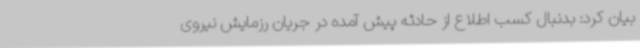
بیان کرد: بدنبال کسب اطلاع از حادثه پیش آمده در جریان رزمایش نیروی